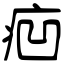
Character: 㾎